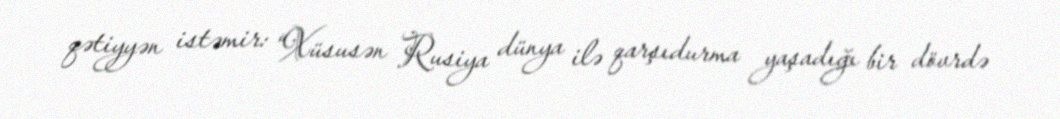
qətiyyən istəmir: “Xüsusən Rusiya dünya ilə qarşıdurma yaşadığı bir dövrdə